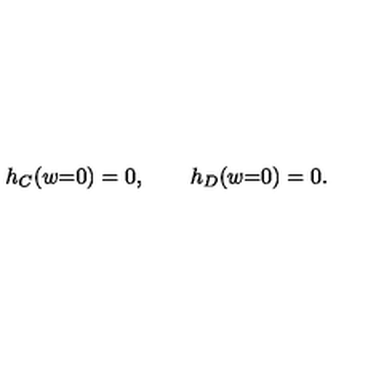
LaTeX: h _ { C } ( w { = } 0 ) = 0 , \qquad h _ { D } ( w { = } 0 ) = 0 .